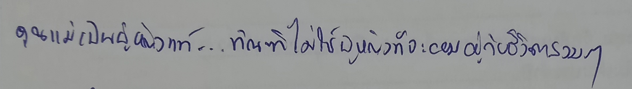
คุณแม่เป็นผู้หญิงแท้...ฑัณฑิไม่ใช่ผู้หญิงที่จะยอมอยู่กับชีวิตสงบๆ